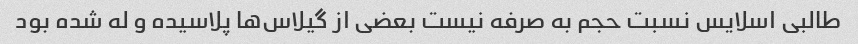
طالبی اسلایس نسبت حجم ‌به صرفه نیست بعضی از گیلاس‌ها پلاسیده و له شده بود